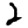
Digit: 2